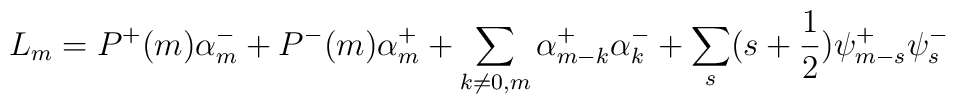
L_m=P^{+}(m)\alpha ^{-}_{m}+P^{-}(m)\alpha ^{+}_{m}+\sum_{k\ne 0,m}\alpha ^{+}_{m-k}\alpha^{-}_{k}+ \sum_{s}(s+\frac{1}{2})\psi ^{+}_{m-s}\psi ^{-}_{s}